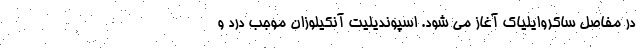
در مفاصل ساکروایلیاک آغاز می شود. اسپوندیلیت آنکیلوزان موجب درد و